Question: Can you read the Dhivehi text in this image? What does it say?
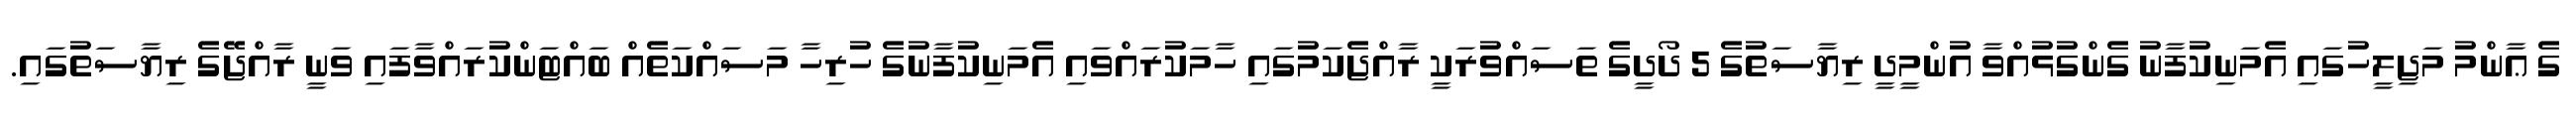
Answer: ގެ ޢާންމު މަޖިލީހުގައި އެމަނިކުފާނު ގެންގުޅުއްވާ އުންމީދީ ރިޔާސަތުގެ 5 ދޯދީގެ ތަސައްވުރަކީ ރާއްޖެކަމުގައި ހާމަކުރައްވައި އެމަނިކުފާނުގެ ހުރިހާ މަސައްކަތެއް ބައްޓަންކުރައްވާފައި ވަނީ ރާއްޖޭގެ ރިޔާސަތުގައި.